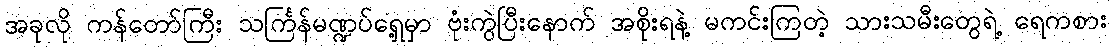
အခုလို ကန်တော်ကြီး သင်္ကြန်မဏ္ဍပ်ရှေ့မှာ ဗုံးကွဲပြီးနောက် အစိုးရနဲ့ မကင်းကြတဲ့ သားသမီးတွေရဲ့ ရေကစား